Problem: 2 × 4 = ?
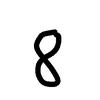
Handwritten answer: 8